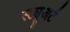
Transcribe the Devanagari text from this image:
स्ट्यूअर्ट